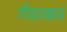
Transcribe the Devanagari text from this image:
गँवाकर